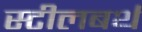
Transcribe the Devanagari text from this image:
स्टीलबर्थ